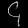
Digit: ၄